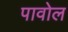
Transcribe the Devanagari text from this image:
पावोल